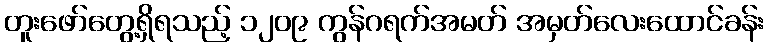
တူးဖော်တွေ့ရှိရသည့် ၁၂၀၉ ကွန်ဂရက်အမတ် အမှတ်လေးထောင်ခန်း